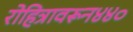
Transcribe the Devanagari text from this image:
रोहित्रावरून४४०